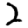
Digit: 2